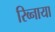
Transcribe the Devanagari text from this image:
रिव्नाया